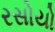
રસોયો